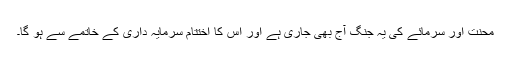
محنت اور سرمائے کی یہ جنگ آج بھی جاری ہے اور اس کا اختتام سرمایہ داری کے خاتمے سے ہو گا۔